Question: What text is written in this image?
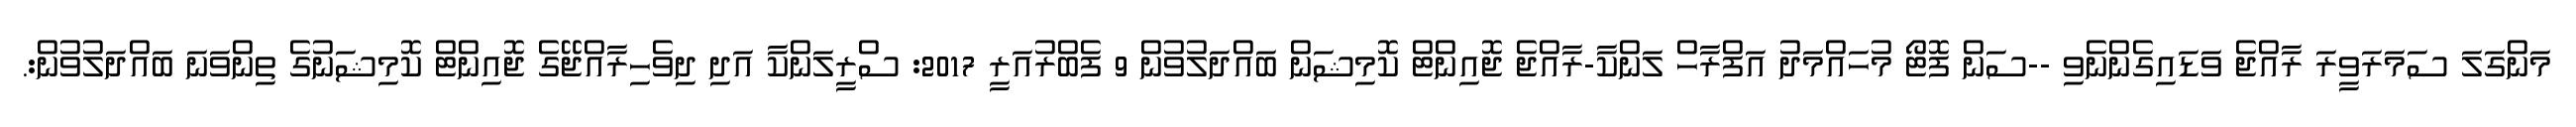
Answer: މަންގަލަ ސަމަރަވީރަ ރާއްޖެ ވަޑައިގެންނެވި --ސަން ފޮޓޯ މުހައްމަދު އަފްރާހް ލަންކާ-ރާއްޖެ ޖޮއިންޓް ކޮމިޝަން ބައްދަލުވުން 9 ފެބްރުއަރީ 2017: ސްރީލަންކާ އަދި ދިވެހިރާއްޖޭގެ ޖޮއިންޓް ކޮމިޝަނުގެ ތިންވަނަ ބައްދަލުވުން:.